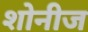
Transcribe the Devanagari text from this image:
शोनीज